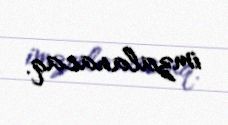
imzalanacaq.